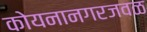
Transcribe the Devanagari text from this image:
कोयनानगरजवळ